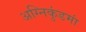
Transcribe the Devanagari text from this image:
अग्निकुंडमां